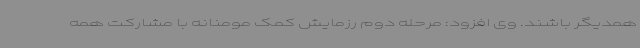
همدیگر باشند. وی افزود: مرحله دوم رزمایش کمک مومنانه با مشارکت همه